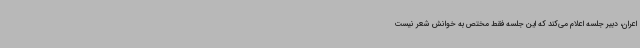
اعران، دبیر جلسه اعلام می‌کند که این جلسه فقط مختص به خوانش شعر نیست